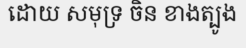
ដោយ សមុទ្រ ចិន ខាងត្បូង